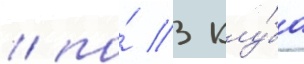
/ по́ 3 клу́ба